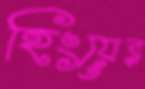
হিংয়ের